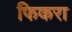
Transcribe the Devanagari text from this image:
फिकरा